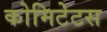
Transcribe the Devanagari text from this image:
कोमिटेटस